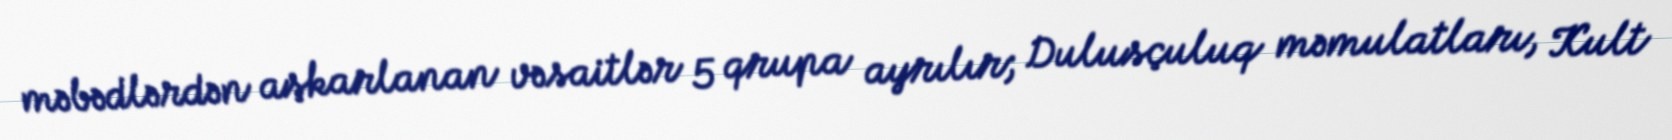
məbədlərdən aşkarlanan vəsaitlər 5 qrupa ayrılır; Dulusçuluq məmulatları, Kult